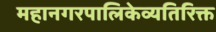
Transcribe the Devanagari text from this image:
महानगरपालिकेव्यतिरिक्त